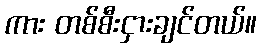
ကား တစ်စီးငှားချင်တယ်။